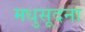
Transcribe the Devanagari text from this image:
मधुसूदना